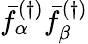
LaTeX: \bar{f}_{\alpha}^{(\dagger)}\bar{f}_{\beta}^{(\dagger)}